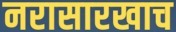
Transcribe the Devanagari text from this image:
नरासारखाच